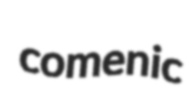
comenic